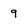
Character: 9